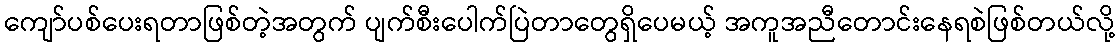
ကျော်ပစ်ပေးရတာဖြစ်တဲ့အတွက် ပျက်စီးပေါက်ပြဲတာတွေရှိပေမယ့် အကူအညီတောင်းနေရစဲဖြစ်တယ်လို့